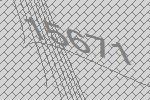
15671